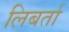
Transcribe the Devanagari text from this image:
लिबर्ता